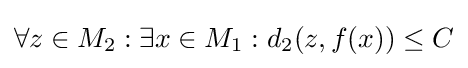
\forall z\in M_{2}:\exists x\in M_{1}:d_{2}(z,f(x))\leq C